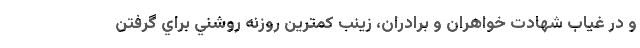
و در غياب شهادت خواهران و برادران، زينب كمترين روزنه روشني براي گرفتن